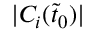
| C _ { i } ( \tilde { t } _ { 0 } ) |